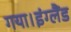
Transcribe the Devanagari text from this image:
गया।इंग्लैंड